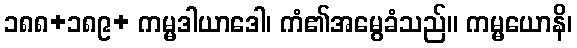
၁၈၈+၁၈၉+ ကမ္မဒါယာဒေါ၊ ကံ၏အမွေခံသည်။ ကမ္မယောနိ၊